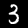
Digit: 3